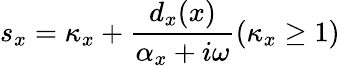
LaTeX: s_{x}=\kappa_{x}+\frac{d_{x}(x)}{\alpha_{x}+i\omega}(\kappa_{x}\ge 1)